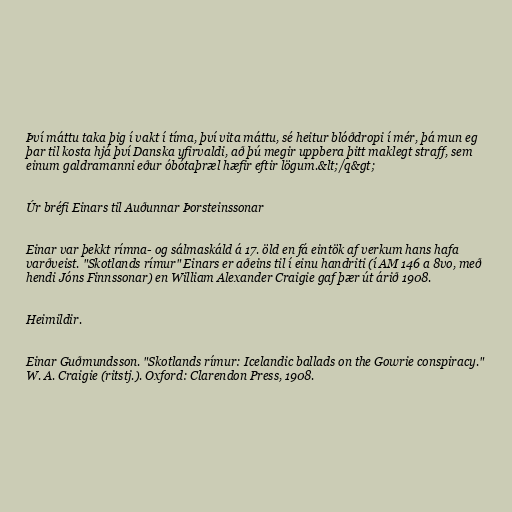
Því máttu taka þig í vakt í tíma, því vita máttu, sé heitur blóðdropi í mér, þá mun eg
þar til kosta hjá því Danska yfirvaldi, að þú megir uppbera þitt maklegt straff, sem
einum galdramanni eður óbótaþræl hæfir eftir lögum.&lt;/q&gt;

Úr bréfi Einars til Auðunnar Þorsteinssonar

Einar var þekkt rímna- og sálmaskáld á 17. öld en fá eintök af verkum hans hafa
varðveist. "Skotlands rímur" Einars er aðeins til í einu handriti (í AM 146 a 8vo, með
hendi Jóns Finnssonar) en William Alexander Craigie gaf þær út árið 1908.

Heimildir.

Einar Guðmundsson. "Skotlands rímur: Icelandic ballads on the Gowrie conspiracy."
W. A. Craigie (ritstj.). Oxford: Clarendon Press, 1908.